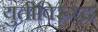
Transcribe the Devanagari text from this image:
युतीविरूध्द